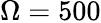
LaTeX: \Omega=500